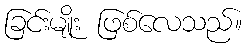
ခြင်းမျိုး ဖြစ်လေသည်။